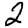
Digit: 2